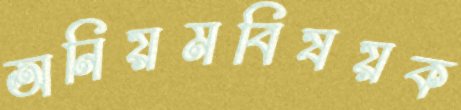
অনিয়মবিষয়ক